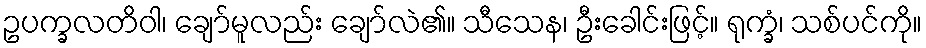
ဥပက္ခလတိဝါ၊ ချော်မူလည်း ချော်လဲ၏။ သီသေန၊ ဦးခေါင်းဖြင့်။ ရုက္ခံ၊ သစ်ပင်ကို။